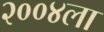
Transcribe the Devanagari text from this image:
२००४ला